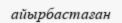
айырбастаған